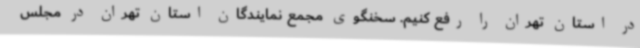
در استان تهران را رفع کنیم. سخنگوی مجمع نمایندگان استان تهران در مجلس